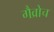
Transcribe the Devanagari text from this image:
गैव्रोच